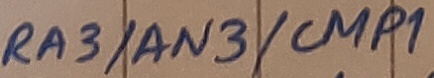
Text: RA3/AN3/CMP1